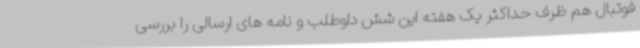
فوتبال هم ظرف حداکثر یک هفته این شش داوطلب و نامه های ارسالی را بررسی